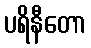
ပရိနီတော